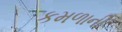
કમળાની